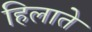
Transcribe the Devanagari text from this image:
हिलाते